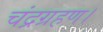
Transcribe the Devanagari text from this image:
चंद्रग्रहण।